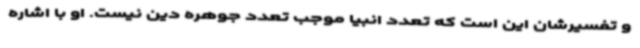
و تفسیرشان این است که تعدد انبیا موجب تعدد جوهره دین نیست. او با اشاره